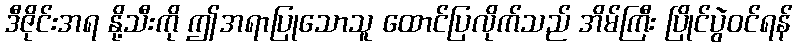
ဒီဇိုင်းအရ နို့သီးကို ဤအရာပြုသောသူ ထောင်ပြလိုက်သည် အိမ်ကြီး ပြိုင်ပွဲဝင်ရန်